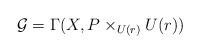
LaTeX: \begin{align*}\mathcal{G}=\Gamma(X,P\times_{U(r)} U(r)) \end{align*}